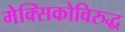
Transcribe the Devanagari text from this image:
मेक्सिकोविरुद्ध